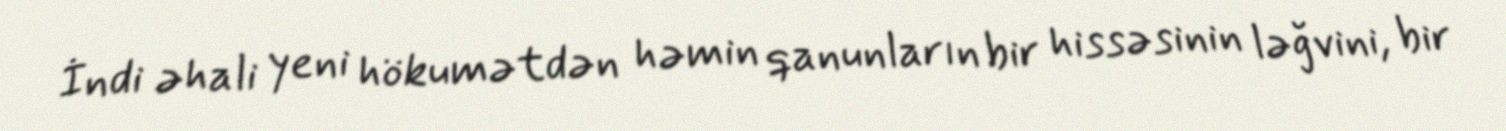
İndi əhali yeni hökumətdən həmin qanunların bir hissəsinin ləğvini, bir